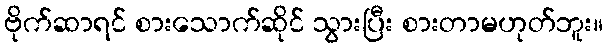
ဗိုက်ဆာရင် စားသောက်ဆိုင် သွားပြီး စားတာမဟုတ်ဘူး။